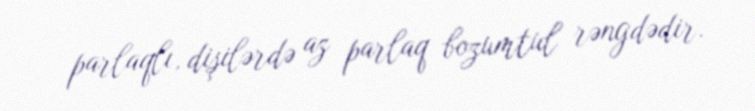
parlaqlı, dişilərdə az parlaq bozumtul rəngdədir.